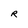
Character: R